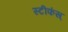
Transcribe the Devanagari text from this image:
स्टीफंस्